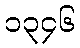
၁၃၄၆